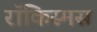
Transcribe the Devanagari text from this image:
रॉकिस्मस